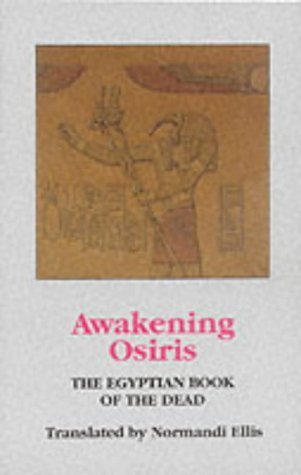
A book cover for Awakening Osiris: Egyptian Book of the Dead by E. Normandi (1994) Paperback; Religion & Spirituality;